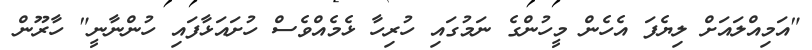
"އަމިއްލައަށް ލިޔެފަ އެހެން މީހުންގެ ނަމުގައި ހުރިހާ ޅެމެއްވެސް ހުށައަޅާފައި ހުންނާނީ" ހާރޫން